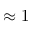
\approx 1